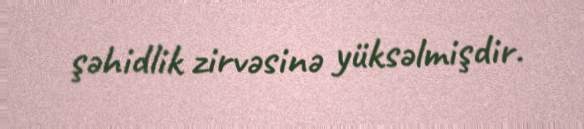
şəhidlik zirvəsinə yüksəlmişdir.